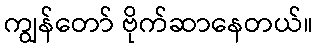
ကျွန်တော် ဗိုက်ဆာနေတယ်။